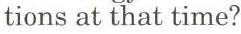
tions at that time?